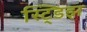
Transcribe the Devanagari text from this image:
स्ट्डिझ